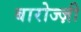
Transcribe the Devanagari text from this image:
बारोज्ज़ी